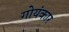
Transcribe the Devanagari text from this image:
गोयंकार